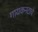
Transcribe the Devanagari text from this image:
गायकनटाचे